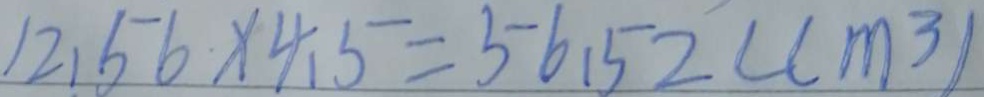
1 2 . 5 6 \times 4 . 5 = 5 6 . 5 2 ( c m ^ { 3 } )